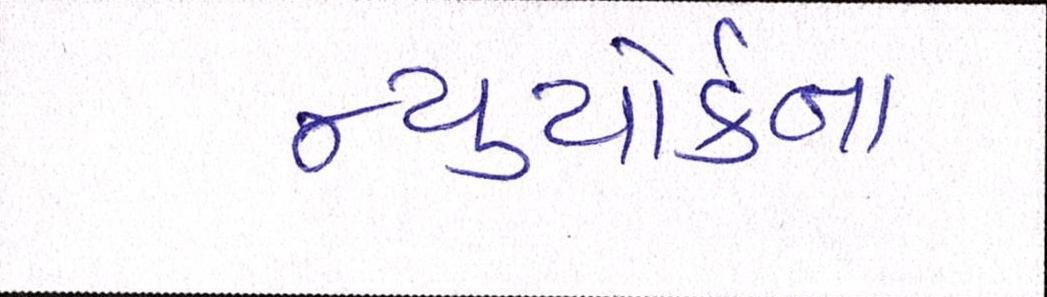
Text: ન્યુયોર્કના